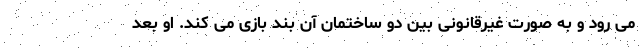
می رود و به صورت غیرقانونی بین دو ساختمان آن بند بازی می کند. او بعد